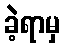
ခဲ့ရာမှ